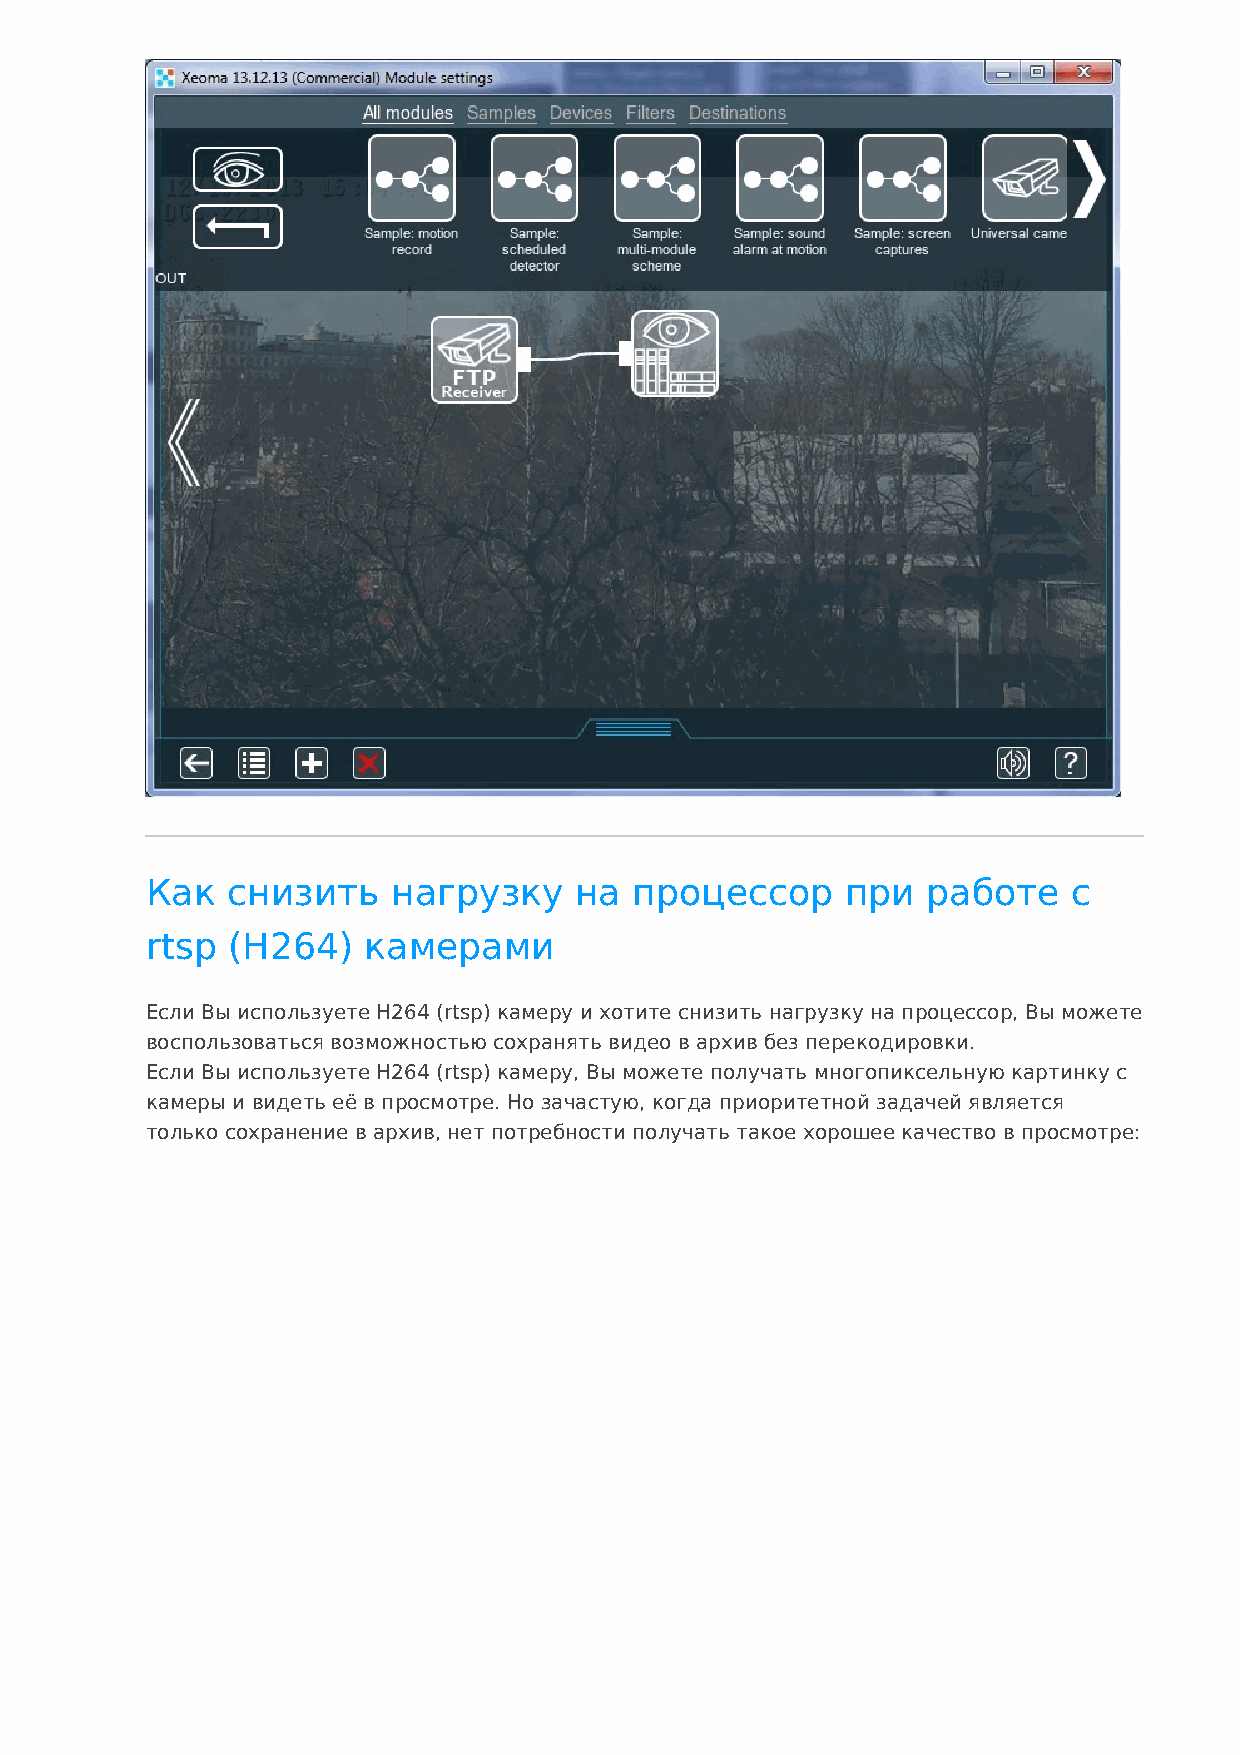
Как  снизить    нагрузку    на  процессор     при  работе    с
 rtsp (H264)   камерами
 Если Вы используете H264 (rtsp) камеру и хотите снизить нагрузку на процессор, Вы можете
 воспользоваться возможностью сохранять видео в архив без перекодировки.
 Если Вы используете H264 (rtsp) камеру, Вы можете получать многопиксельную картинку с
 камеры и видеть её в просмотре. Но зачастую, когда приоритетной задачей является
 только сохранение в архив, нет потребности получать такое хорошее качество в просмотре: